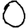
Digit: 0